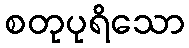
စတုပုရိသော